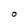
Character: O